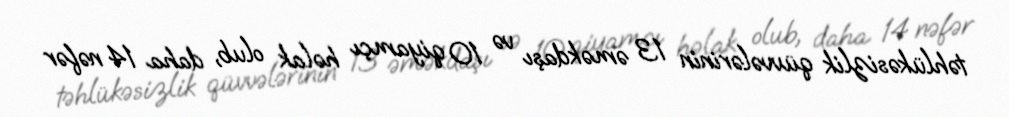
təhlükəsizlik qüvvələrinin 13 əməkdaşı və 10 qiyamçı həlak olub, daha 14 nəfər